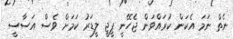
ނެތް ނަމަ އެކަން ކުރައްވަން ޖެހޭނީ ޕީޖީ ލީޑަރު ކަމަށް ވެސް އަސާސީ